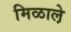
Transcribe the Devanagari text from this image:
मिळाले़